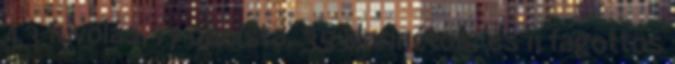
43 fuvolás, 17 oboista, 35 klarinétos, és 11 fagottos